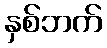
နှစ်ဘက်